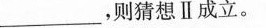
___，则猜想Ⅱ成立。